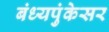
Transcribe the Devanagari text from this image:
बंध्यपुंकेसर